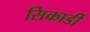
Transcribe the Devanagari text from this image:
सिकार्डी